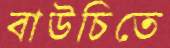
বাউচিতে